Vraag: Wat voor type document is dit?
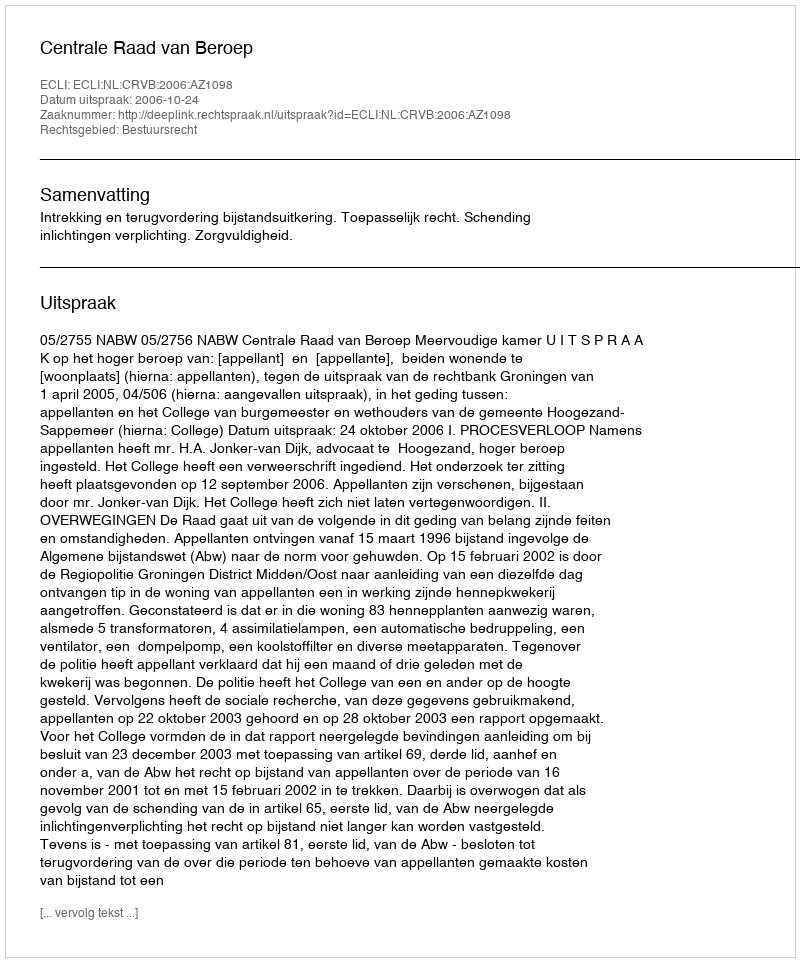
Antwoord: Uitspraak